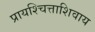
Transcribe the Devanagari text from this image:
प्रायश्चित्ताशिवाय